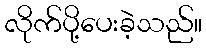
လိုက်ပို့ပေးခဲ့သည်။